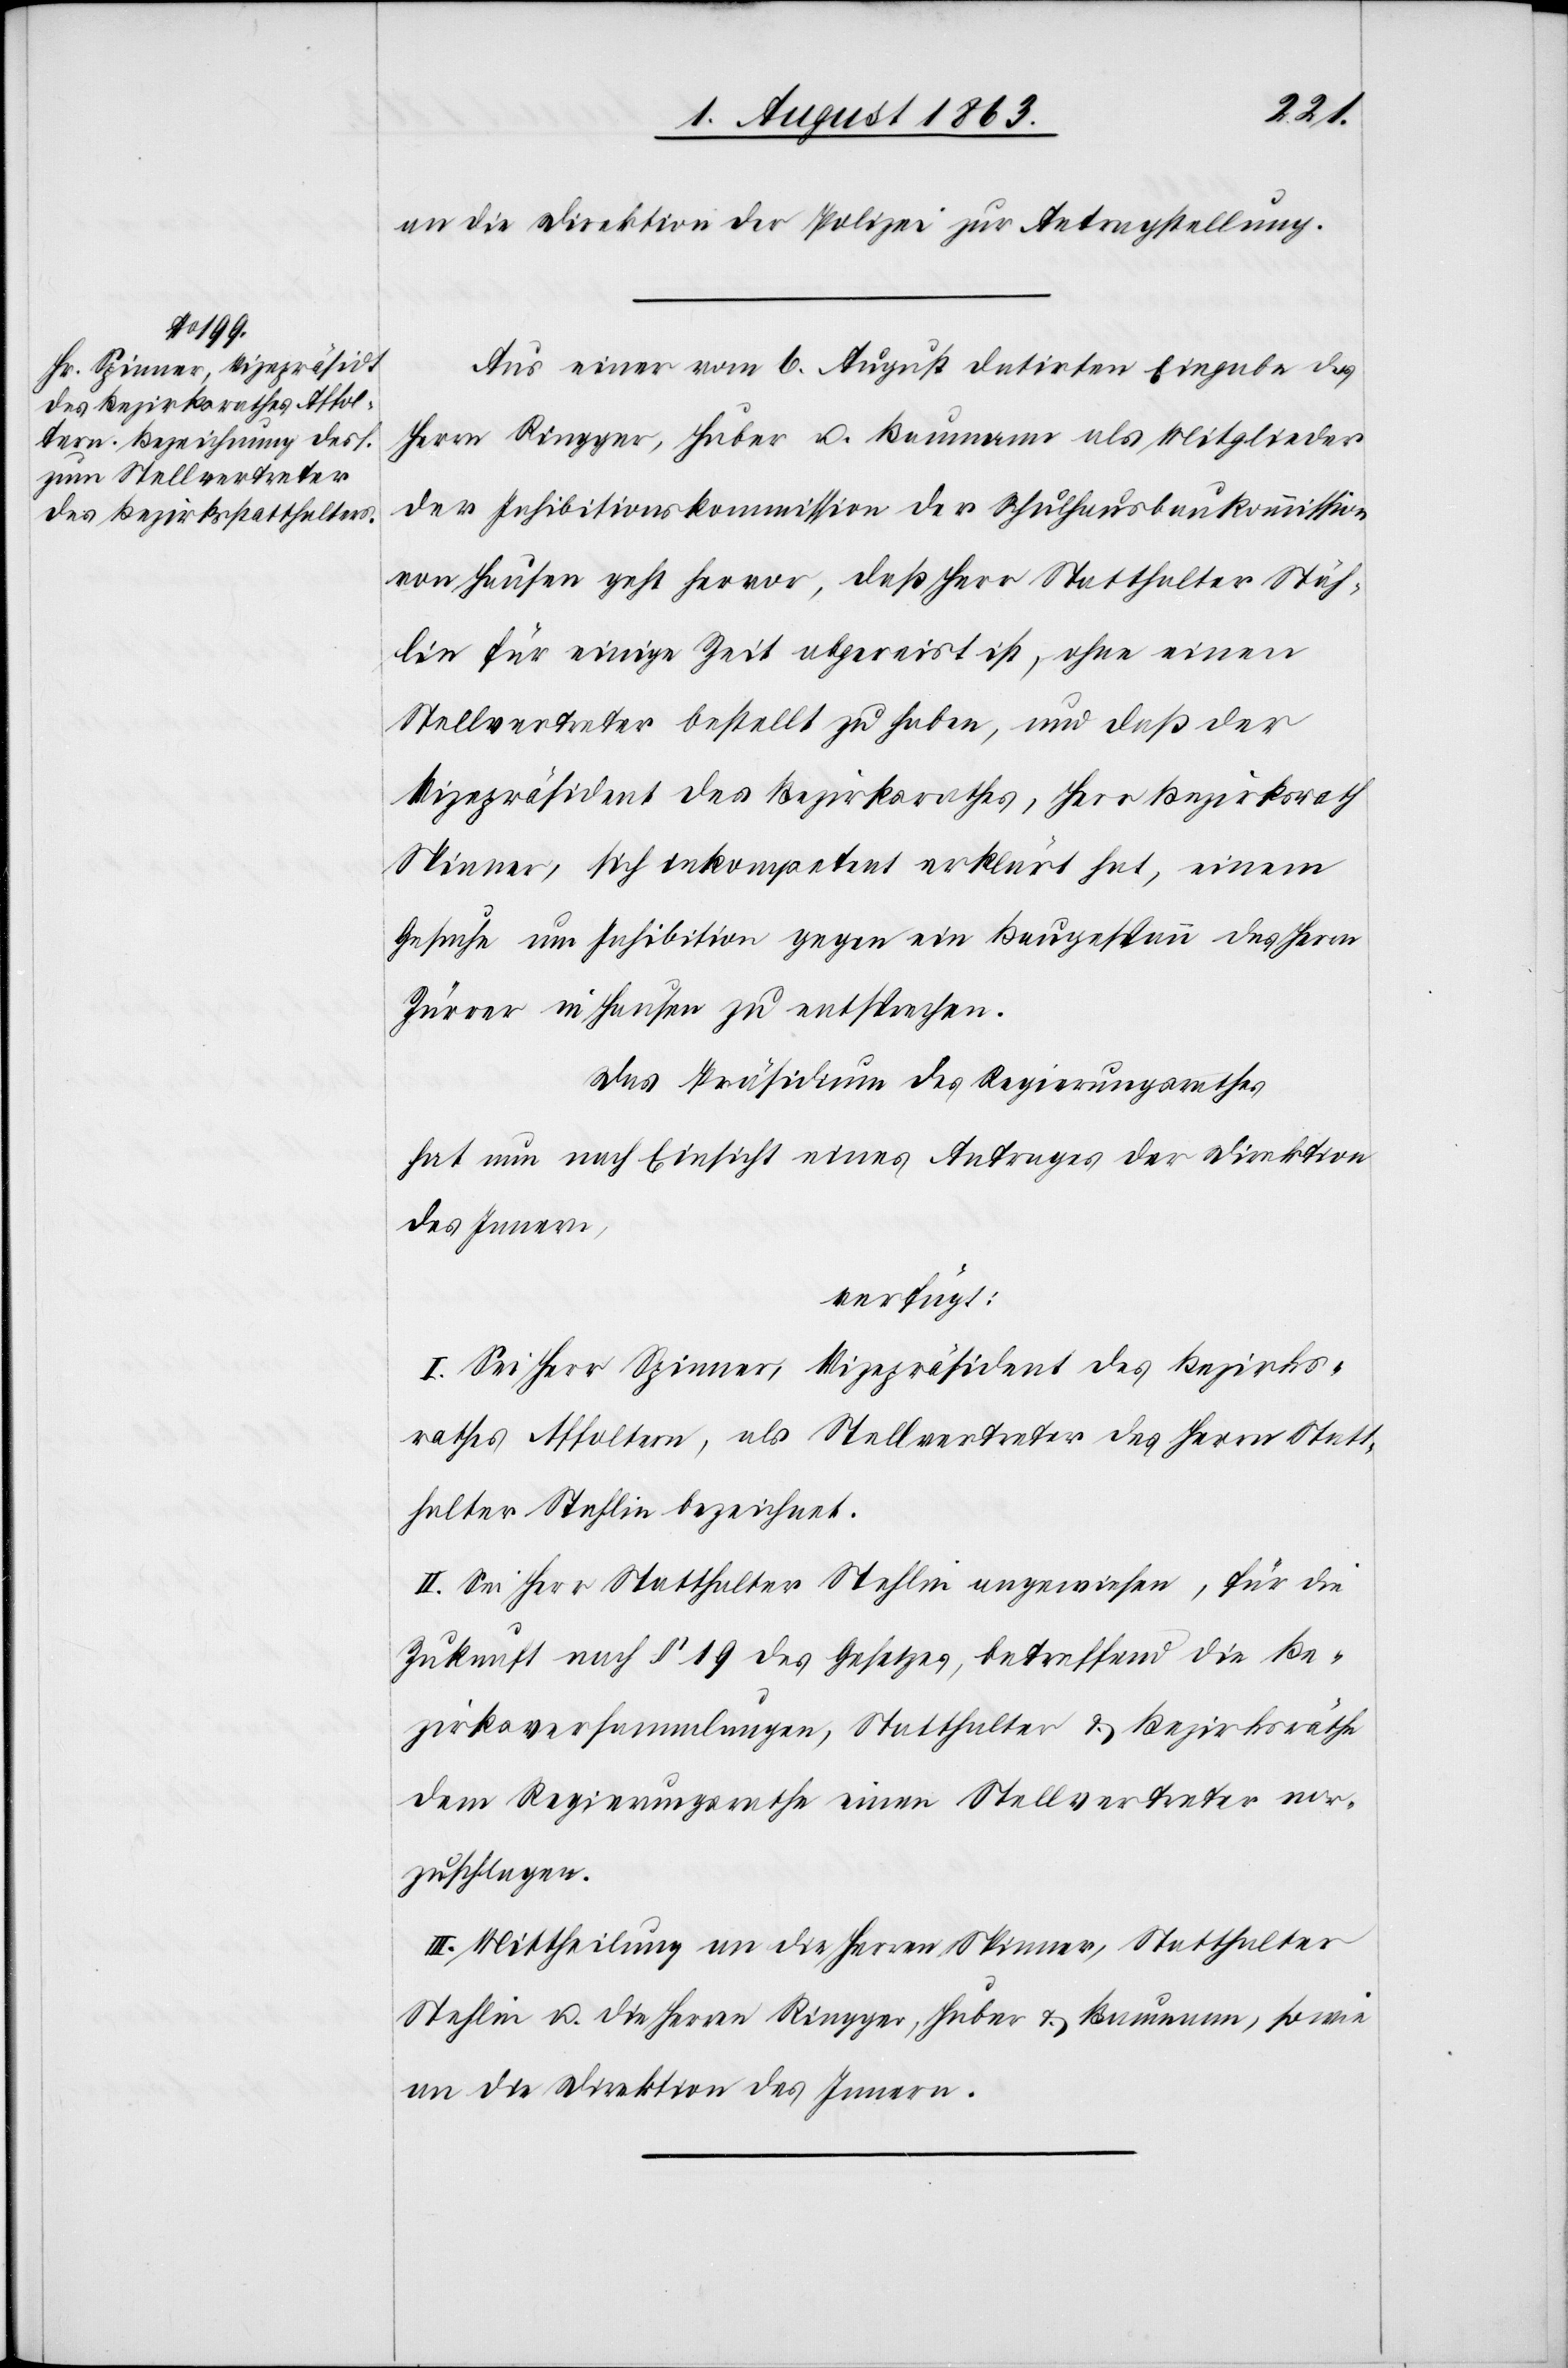
5. August 1863.]
an die Direktion der Polizei zur Antragstellung.
Aus einer vom 6. August datirten Eingabe des
Herrn Ringger, Huber u. Baumann als Mitglieder
der Inhibitionskommission der Schulhausbaukommission
von Hausen geht hervor, daß Herr Statthalter Stäh¬
lin für einige Zeit abgereist ist, ohne einen
Stellvertreter bestellt zu haben, und daß der
Vizepräsident des Bezirksrathes, Herr Bezirksrath
Spinner, sich inkompetent erklärt hat, einem
Gesuche um Inhibition gegen ein Baugespann des Herrn
Zürrer in Hausen zu entsprechen.
Das Präsidium des Regierungsrathes
hat nun nach Einsicht eines Antrages der Direktion
des Innern,
verfügt:
I. Sei Herr Spinner, Vizepräsident des Bezirks¬
rathes Affoltern, als Stellvertreter des Herrn Statt¬
halter Stehlin [sic!] bezeichnet.
II. Sei Herr Statthalter Stehlin angewiesen, für die
Zukunft nach § 19 des Gesetzes, betreffend die Be¬
zirksversammlungen, Statthalter & Bezirksräthe
dem Regierungsrathe einen Stellvertreter vor¬
zuschlagen.
III. Mittheilung an die Herren Spinner, Statthalter
Stehlin u. die Herren Ringger, Huber & Baumann, sowie
an die Direktion des Innern.